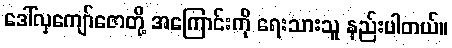
ဒေါ်လှကျော်ဇောတို့ အကြောင်းကို ရေးသားသူ နည်းပါတယ်။